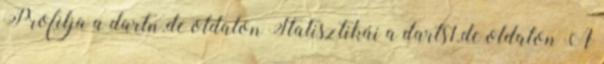
Profilja a dartn.de oldalon Statisztikái a darts1.de oldalon A